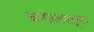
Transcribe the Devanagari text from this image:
अगोदरपासूनच